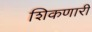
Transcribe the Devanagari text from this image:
शिकणारी